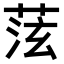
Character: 𫈞